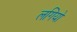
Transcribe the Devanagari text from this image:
लगियो